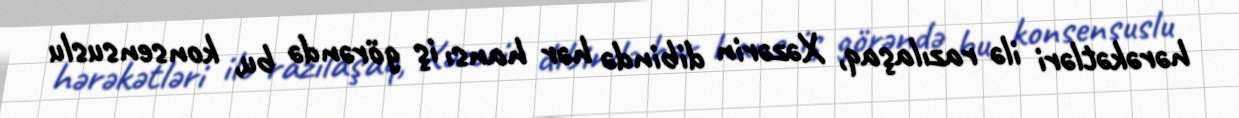
hərəkətləri ilə razılaşaq, Xəzərin dibində hər hansı iş görəndə bu, konsensuslu